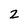
Character: 2